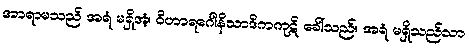
အာရာမသည် အရံ မရှိအံ့၊ ဝိဟာရဂေါနိသာဒိကကုဋိ ခေါ်သည်။ အရံ မရှိသည်သာ